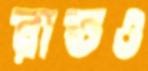
রাতও